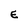
Character: E